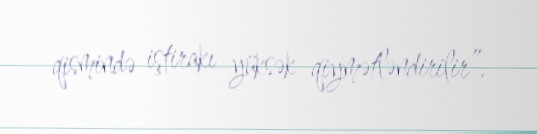
qismində iştirakı yüksək qiymətləndirilir”.